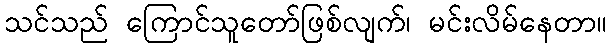
သင်သည် ကြောင်သူတော်ဖြစ်လျက်၊ မင်းလိမ်နေတာ။